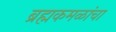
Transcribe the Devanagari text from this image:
ब्रह्मकमळांचा